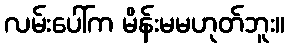
လမ်းပေါ်က မိန်းမမဟုတ်ဘူး။